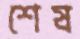
শেষ